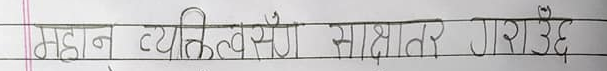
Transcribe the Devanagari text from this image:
महान व्यक्तिहरूसँग साक्षात्कार गराउँदै